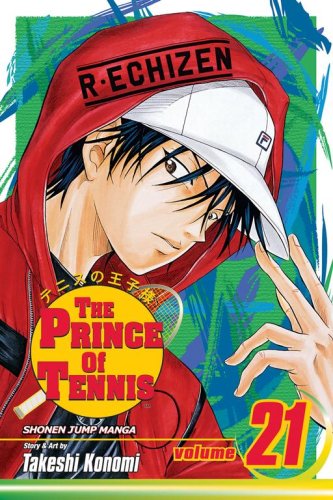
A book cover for The Prince of Tennis, Vol. 21; Takeshi Konomi; Comics & Graphic Novels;